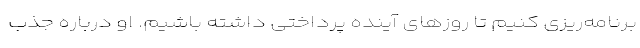
برنامه‌ریزی کنیم تا روزهای آینده پرداختی داشته باشیم. او درباره جذب